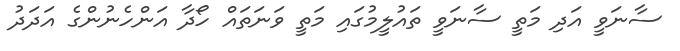
ސާނަވީ އަދި މަތީ ސާނަވީ ތައުލީމުގައި މަތީ ވަނަތައް ހޯދާ އަންހެނުންގެ އަދަދު